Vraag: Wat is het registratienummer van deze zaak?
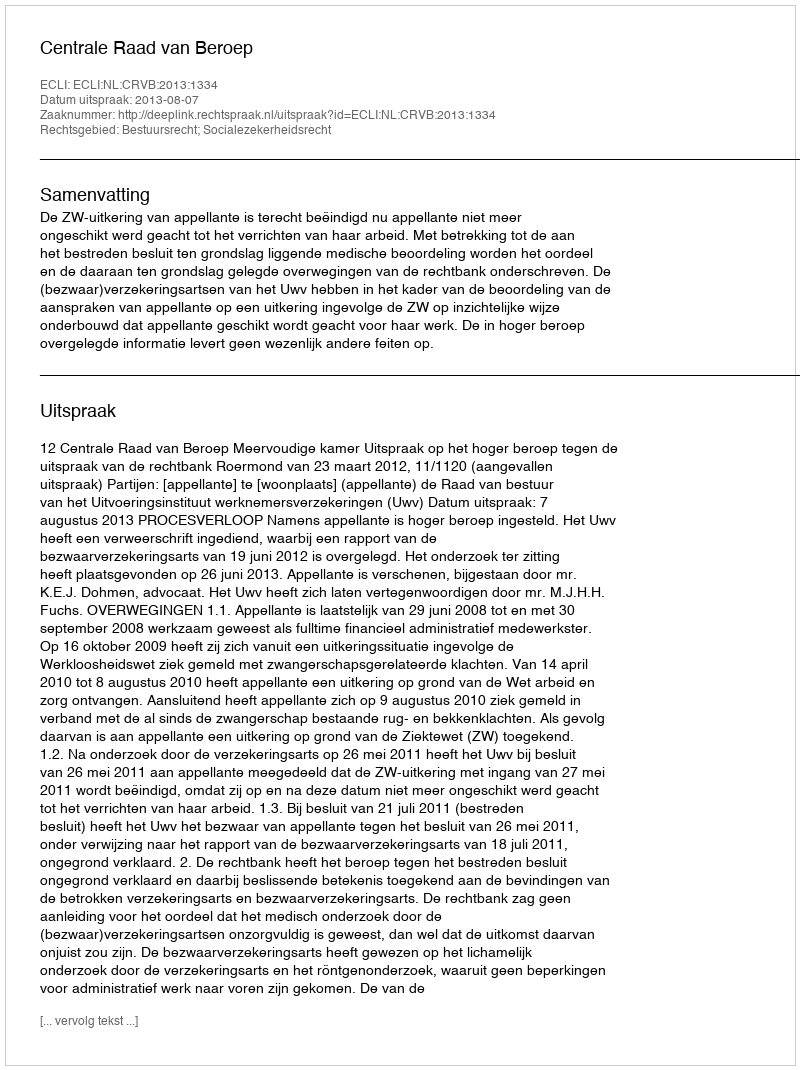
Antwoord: http://deeplink.rechtspraak.nl/uitspraak?id=ECLI:NL:CRVB:2013:1334